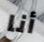
أنا